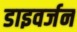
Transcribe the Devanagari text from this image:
डाइवर्जन